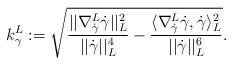
LaTeX: \begin{align*}k^L_{\gamma}:=\sqrt{\frac{||\nabla^L_{\dot{\gamma}}{\dot{\gamma}}||_L^2}{||\dot{\gamma}||^4_L}-\frac{\langle \nabla^L_{\dot{\gamma}}{\dot{\gamma}},\dot{\gamma}\rangle^2_L}{||\dot{\gamma}||^6_L}}.\end{align*}